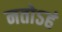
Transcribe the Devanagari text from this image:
नतोऽहं